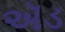
ઍડ